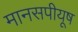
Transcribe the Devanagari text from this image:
मानसपीयूष